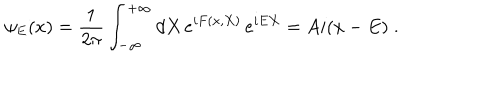
\psi _ { E } ( x ) = \frac { 1 } { 2 \pi } \int _ { - \infty } ^ { + \infty } d X \, e ^ { i F ( x , X ) } \, e ^ { i E X } = A i ( x - E ) \; .